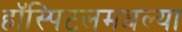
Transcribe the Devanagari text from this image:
हॉस्पिटलमधल्या